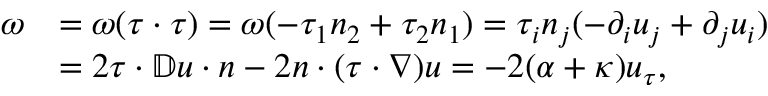
\begin{array} { r l } { \omega } & { = \omega ( \tau \cdot \tau ) = \omega ( - \tau _ { 1 } n _ { 2 } + \tau _ { 2 } n _ { 1 } ) = \tau _ { i } n _ { j } ( - \partial _ { i } u _ { j } + \partial _ { j } u _ { i } ) } \\ & { = 2 \tau \cdot \mathbb { D } u \cdot n - 2 n \cdot ( \tau \cdot \nabla ) u = - 2 ( \alpha + \kappa ) u _ { \tau } , } \end{array}